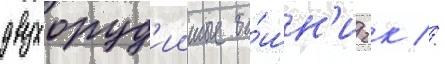
двухоруд'ииные ба́шн'и гк //